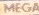
MEGA